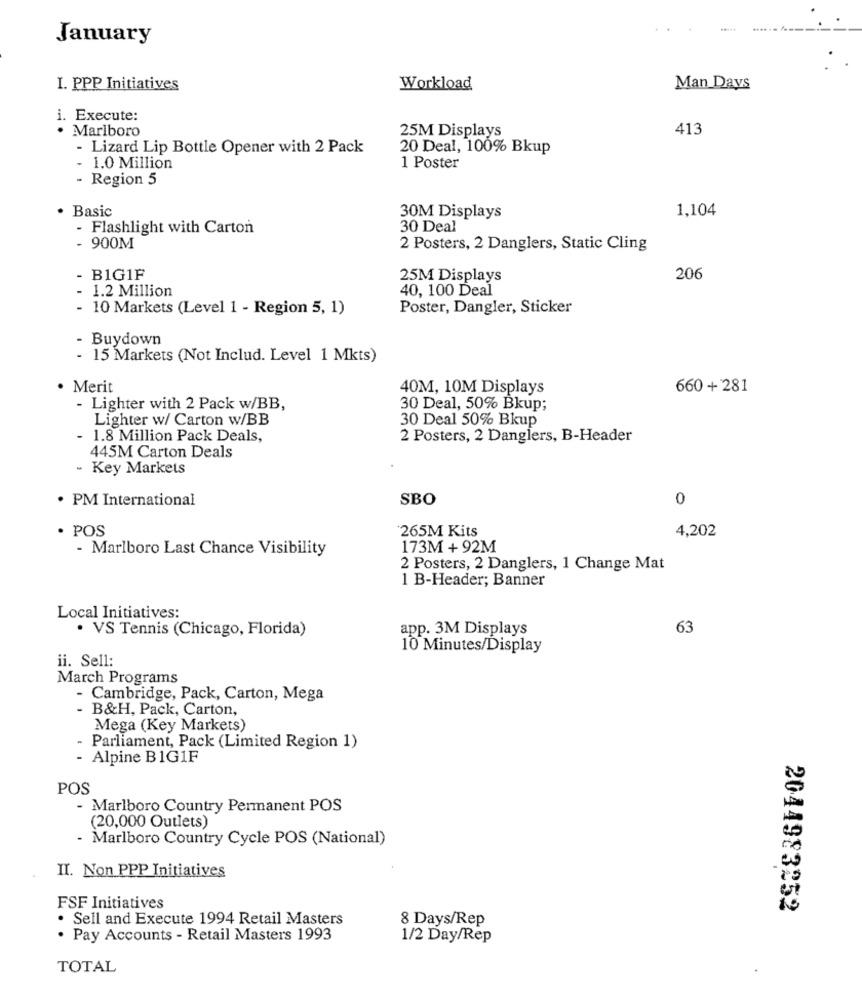
January
I. PPP Initiatives
Workload
Man Days
i. Execute:
Marlboro
25M Displays
413
- Lizard Lip Bottle Opener with 2 Pack
20 Deal, 100% Bkup
1.0 Million
1 Poster
- Region 5
. Basic
1,104
30M Displays
- Flashlight with Carton
30 Deal
- 900M
2 Posters, 2 Danglers, Static Cling
. BIG1F
25M Displays
206
40, 100 Deal
- 1.2 Million
- 10 Markets (Level 1 - Region 5, 1)
Poster, Dangler, Sticker
Buydown
- 15 Markets (Not Includ. Level 1 Mkts)
· Merit
40M, 10M Displays
660+ 281
- Lighter with 2 Pack w/BB,
30 Deal, 50% Bkup;
Lighter w/ Carton w/BB
30 Deal 50% Bkup
- 1.8 Million Pack Deals,
2 Posters, 2 Danglers, B-Header
445M Carton Deals
- Key Markets
· PM International
SBO
0
· POS
265M Kits
4,202
- Marlboro Last Chance Visibility
173M+ 92M
2 Posters, 2 Danglers, 1 Change Mat
1 B-Header; Banner
Local Initiatives:
· VS Tennis (Chicago, Florida)
app. 3M Displays
63
10 Minutes/Display
ii. Sell:
March Programs
- Cambridge, Pack, Carton, Mega
- B&H, Pack, Carton,
Mega (Key Markets)
- Parliament, Pack (Limited Region 1)
- Alpine BIG1F
POS
- Marlboro Country Permanent POS
(20,000 Outlets)
- Marlboro Country Cycle POS (National)
II. Non PPP Initiatives
FSF Initiatives
2044983252
. Sell and Execute 1994 Retail Masters
8 Days/Rep
Pay Accounts - Retail Masters 1993
1/2 Day/Rep
TOTAL